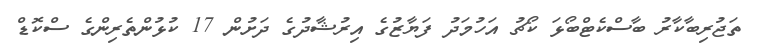
ތަޖުރިބާކާރު ބާސްކެޓްބޯޅަ ކޯޗު އަހުމަދު ފަޔާޒުގެ އިރުޝާދުގެ ދަށުން 17 ކުޅުންތެރިންގެ ސްކޮޑް